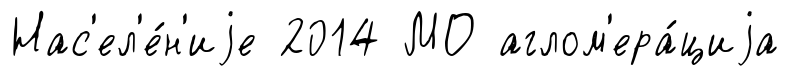
Нас'ел'е́н'иjе 2014 МО аглом'ера́циjа